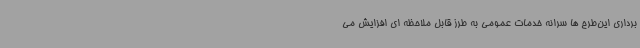
برداری این‌طرح ها سرانه خدمات عمومی به طرز قابل ملاحظه ای افزایش می